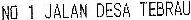
NO 1 JALAN DESA TEBRAU